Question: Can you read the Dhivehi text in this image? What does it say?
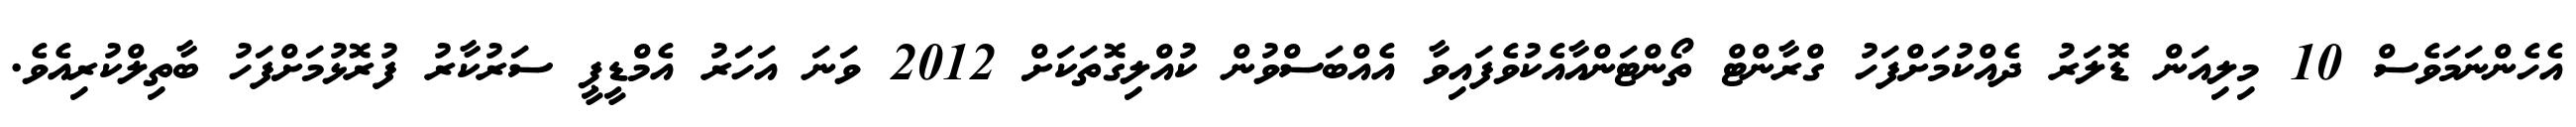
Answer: އެހެންނަމަވެސް 10 މިލިއަން ޑޮލަރު ދެއްކުމަށްފަހު ގްރާންޓް ތޯންޓަންއާއެކުވެފައިވާ އެއްބަސްވުން ކުއްލިގޮތަކަށް 2012 ވަނަ އަހަރު އެމްޑީޕީ ސަރުކާރު ފުރޮޅުމަށްފަހު ބާތިލްކުރިއެވެ.